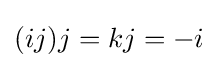
(ij)j=kj=-i